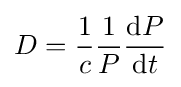
D={\frac {1}{c}}{\frac {1}{P}}{\frac {\mathrm {d} P}{\mathrm {d} t}}